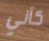
كأني